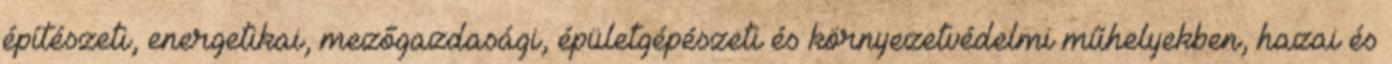
építészeti, energetikai, mezőgazdasági, épületgépészeti és környezetvédelmi műhelyekben, hazai és